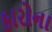
કારોના